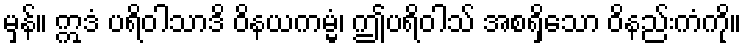
မှန်။ ဣဒံ ပရိဝါသာဒိ ဝိနယကမ္မံ၊ ဤပရိဝါသ် အစရှိသော ဝိနည်းကံကို။